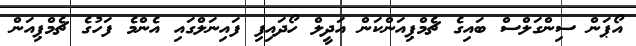
އޯޕަން ސިންގަލްސް ބައިގެ ޗެމްޕިއަންކަން އަދީލް ހޯދައިފި ފައިނަލްގައި އެންމެ ފަހުގެ ޗެމްޕިއަން